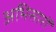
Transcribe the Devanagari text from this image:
अभिसारों